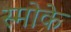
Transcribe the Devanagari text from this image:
स्मोके